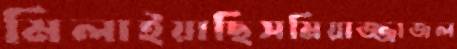
মিলাইয়াছিসমিয়াজ্জাজল